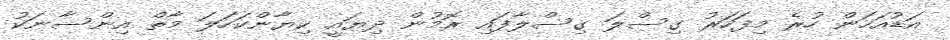
އަޑުއަހަން ހުރެ މިފަހަރު ގިސްލަ ގިސްލާފައި ރޮމުން ދިޔައީ ކިޔާންކަހަލަ މާތް އިންސާނަކު